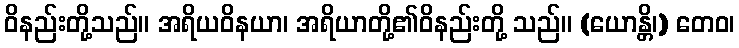
ဝိနည်းတို့သည်။ အရိယဝိနယာ၊ အရိယာတို့၏ဝိနည်းတို့ သည်။ (ယောန္တိ၊) တေဝ၊